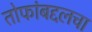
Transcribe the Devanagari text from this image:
तोफांबद्दलचा